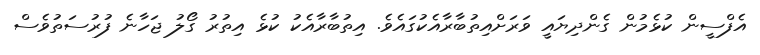
އެފްސީން ކުޅެމުން ގެންދިޔައީ ވަރަށްއިތުބާރާއެކުގައެވެ. އިތުބާރާއެކު ކުޅެ އިތުރު ގޯލު ޖަހާނެ ފުރުސަތުވެސް